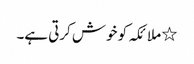
٭ ملائکہ کو خوش کرتی ہے۔